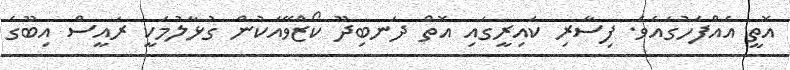
އޮތީ އެއްފަހުގައެވެ. ފިސާރި ކައިރީގައި އޮތް ދަނބިދޫ ކޯޒްވޭއަކުން ގުޅާލުމަކީ ރައީސް އިބޫގެ